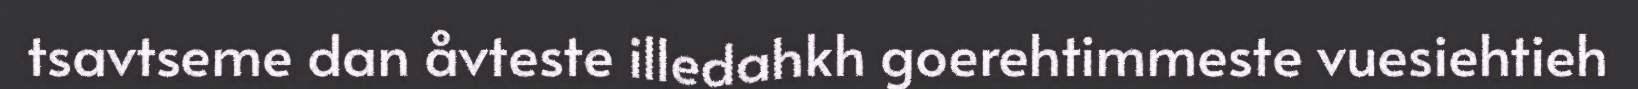
tsavtseme dan åvteste illedahkh goerehtimmeste vuesiehtieh